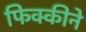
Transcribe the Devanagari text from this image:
फिक्कीने